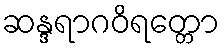
ဆန္ဒရာဂဝိရတ္တော